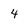
Character: 4